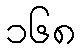
၁၆၈